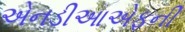
એનડીઆએફની